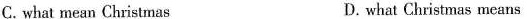
C. what mean Christmas D. what Christmas means